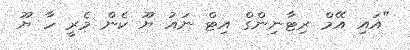
"އައި އޭމް ރިޓާނިންގް އިޓް ނައު ޔޫ ކެން މެރީ ހާ ޔޫ